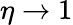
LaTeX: \eta\rightarrow 1